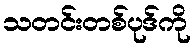
သတင်းတစ်ပုဒ်ကို